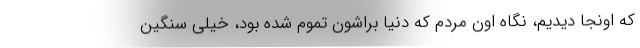
كه اونجا ديديم، نگاه اون مردم كه دنيا براشون تموم شده بود، خيلي سنگين